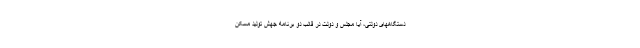
دستگاههای دولتی، آیا مجلس و دولت در قالب دو برنامه جهش تولید مسکن